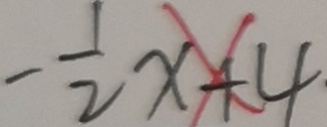
- \frac { 1 } { 2 } x + 4